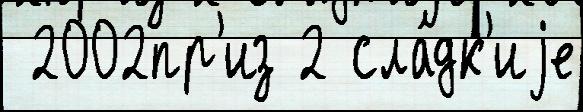
 2002пр'из 2 сла́дк'иjе